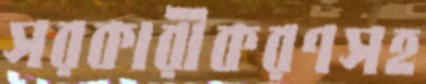
সরকারীকরণসহ